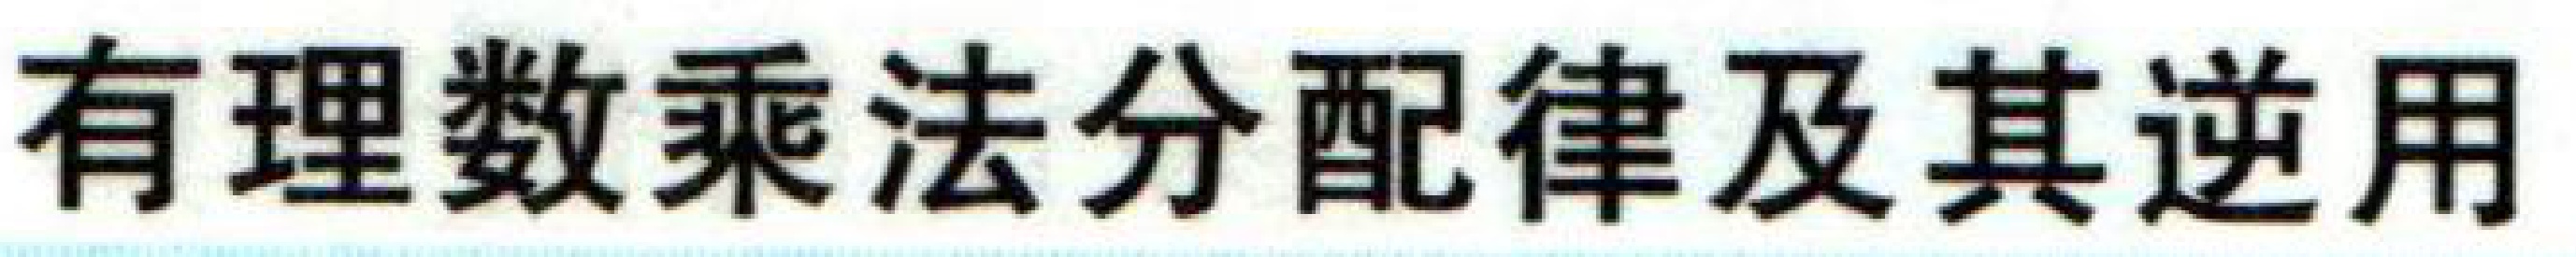
有理数乘法分配律及其逆用